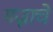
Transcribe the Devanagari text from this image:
यज्नाचे